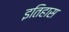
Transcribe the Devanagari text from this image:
इतिहास